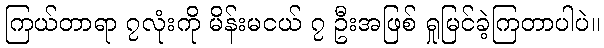
ကြယ်တာရာ ၇လုံးကို မိန်းမငယ် ၇ ဦးအဖြစ် ရှုမြင်ခဲ့ကြတာပါပဲ။